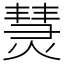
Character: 熭